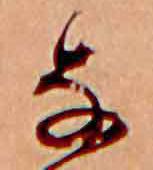
な